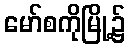
မော်စကိုမြို့၌